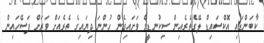
ކާބަންޑައި އޮކްސައިޑް ލޭގެތެރެއިން ސިކުނޑީގެ ވަށައިގެން ހުންނަ ދިޔައިގެ ތެރެއަށް ވަރަށް ފަސޭހައިން